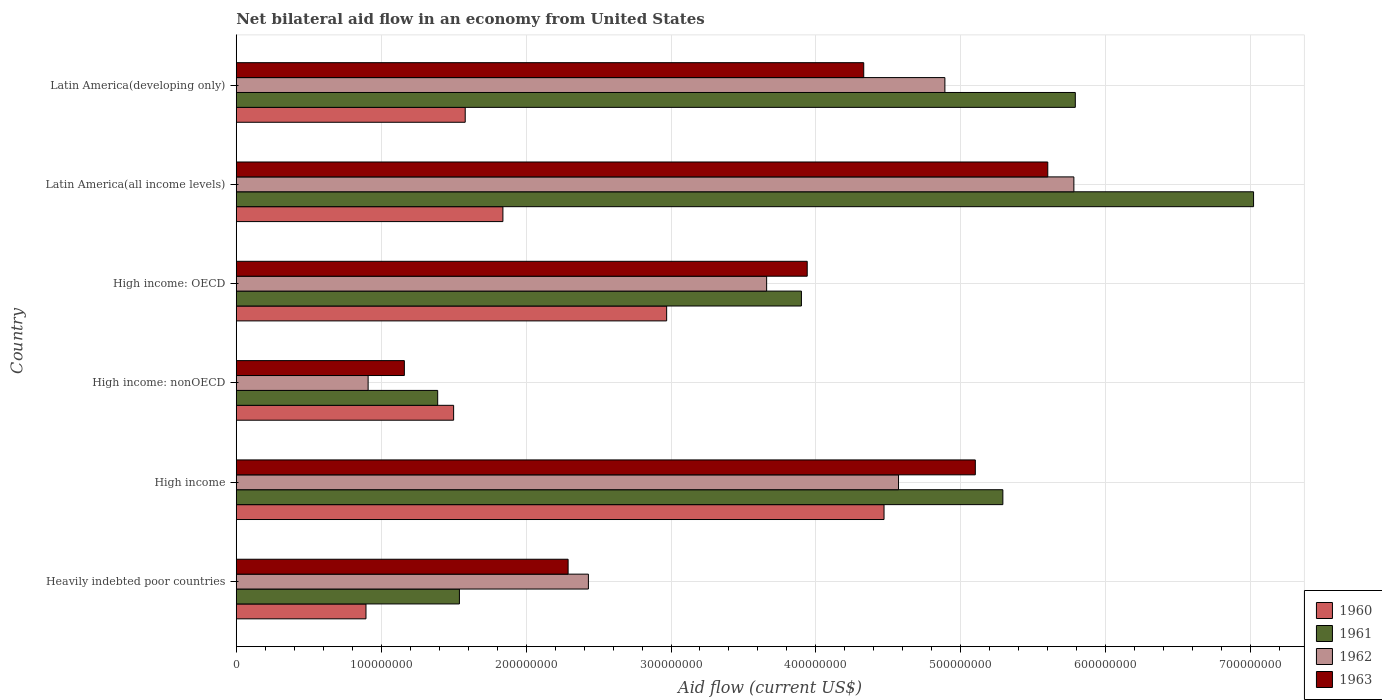
| Country | 1960 | 1961 | 1962 | 1963 |
 | --- | --- | --- | --- | --- |
 | Heavily indebted poor countries | 8.95e+07 | 1.54e+08 | 2.43e+08 | 2.29e+08 |
 | High income | 4.47e+08 | 5.29e+08 | 4.57e+08 | 5.1e+08 |
 | High income: nonOECD | 1.5e+08 | 1.39e+08 | 9.1e+07 | 1.16e+08 |
 | High income: OECD | 2.97e+08 | 3.9e+08 | 3.66e+08 | 3.94e+08 |
 | Latin America(all income levels) | 1.84e+08 | 7.02e+08 | 5.78e+08 | 5.6e+08 |
 | Latin America(developing only) | 1.58e+08 | 5.79e+08 | 4.89e+08 | 4.33e+08 |